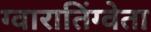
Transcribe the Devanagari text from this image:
ग्वारातिंग्वेता